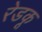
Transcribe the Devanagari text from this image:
रेडकू